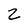
Character: 2